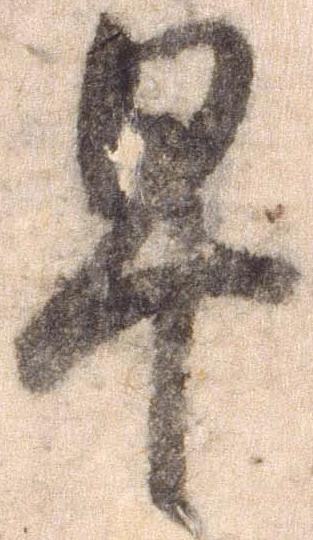
早